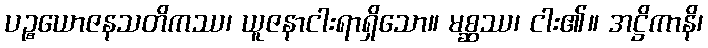
ပဉ္စယောဇနသတိကဿ၊ ယူဇနာငါးရာရှိသော။ မစ္ဆဿ၊ ငါး၏။ အဋ္ဌိကာနိ၊